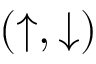
( \uparrow , \downarrow )